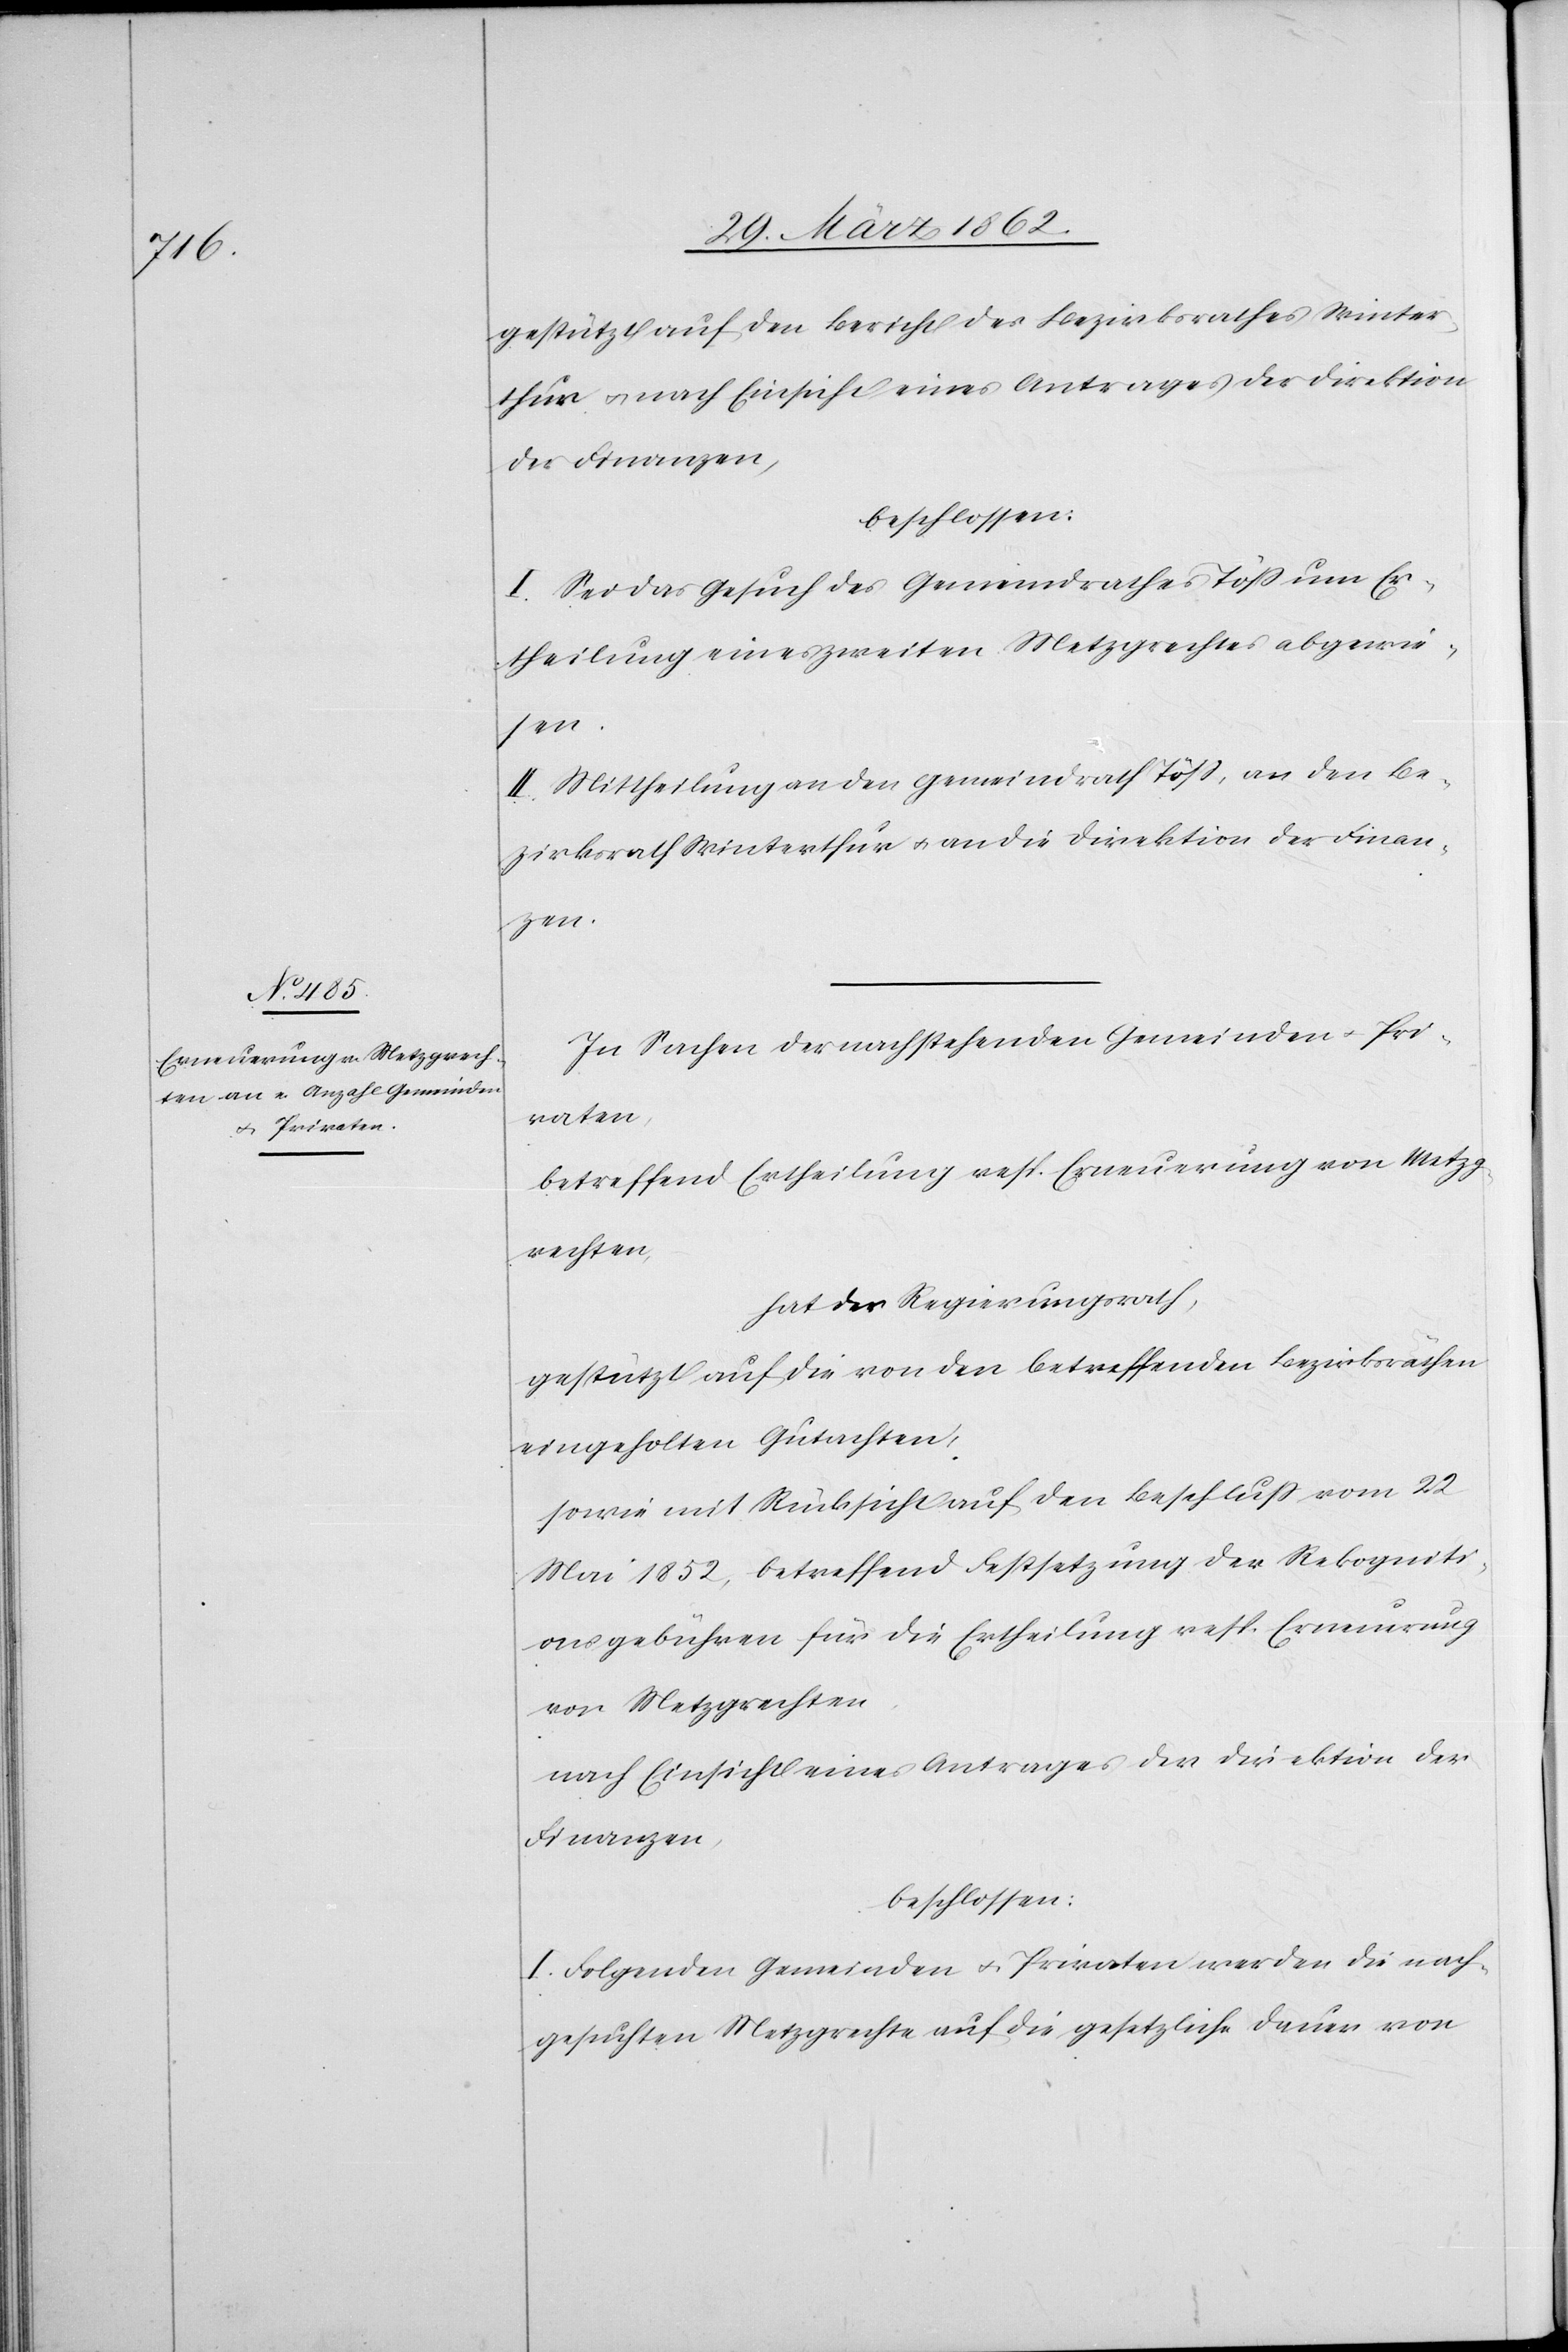
gestützt auf den Bericht des Bezirksrathes Winter¬
thur u. nach Einsicht eines Antrages der Direktion
der Finanzen,
beschlossen:
I. Sei das Gesuch des Gemeindrathes Töß um Er¬
theilung eines zweiten Metzgrechtes abgewie¬
sen.
II. Mittheilung an den Gemeindrath Töß, an den Be¬
zirksrath Winterthur u. an die Direktion der Finan¬
zen.
In Sachen der nachstehenden Gemeinden u. Pri¬
vaten,
betreffend Ertheilung resp. Erneuerung von Metzg¬
rechten,
hat der Regierungsrath,
gestützt auf die von den betreffenden Bezirksräthen
eingeholten Gutachten,
sowie mit Rücksicht auf den Beschluß vom 22
Mai 1852, betreffend Festsetzung der Rekogniti¬
onsgebühren für die Ertheilung resp. Erneuerung
von Metzgrechten
nach Einsicht eines Antrages der Direktion der
Finanzen,
beschlossen:
I. Folgenden Gemeinden u. Privaten werden die nach¬
gesuchten Metzgrechte auf die gesetzliche Dauer von